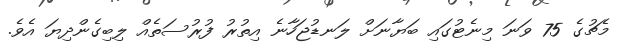
މެޗުގެ 75 ވަނަ މިނެޓުގައި ބަޔާނަށް ލަނޑުޖަހާނެ އިތުރު ފުރުސަތެއް ލިބިގެންދިޔަ އެވެ.